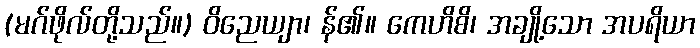
(မဂ်ဖိုလ်တို့သည်။) ဝိညေယျာ၊ န်၏။ ကေဟိစိ၊ အချို့သော အပရိယာ